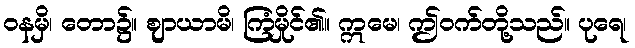
ဝနမှိ၊ တော၌။ ဈာယာမိ၊ ကြံမှိုင်၏။ ဣမေ၊ ဤဝက်တို့သည်။ ပုရေ၊